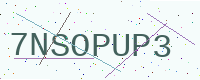
Text: 7NSOPUP3